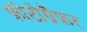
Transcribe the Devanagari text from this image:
फ़ोटोग्रैफ़र